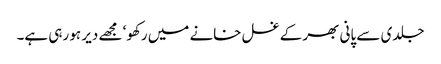
جلدی سے پانی بھر کے غسل خانے میں رکھو‘ مجھے دیر ہو رہی ہے۔